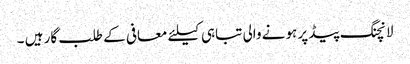
لانچنگ پیڈ پر ہونے والی تباہی کیلئے معافی کے طلب گار ہیں ۔